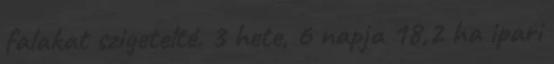
falakat szigetelté. 3 hete, 6 napja 18,2 ha ipari